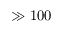
\gg 1 0 0